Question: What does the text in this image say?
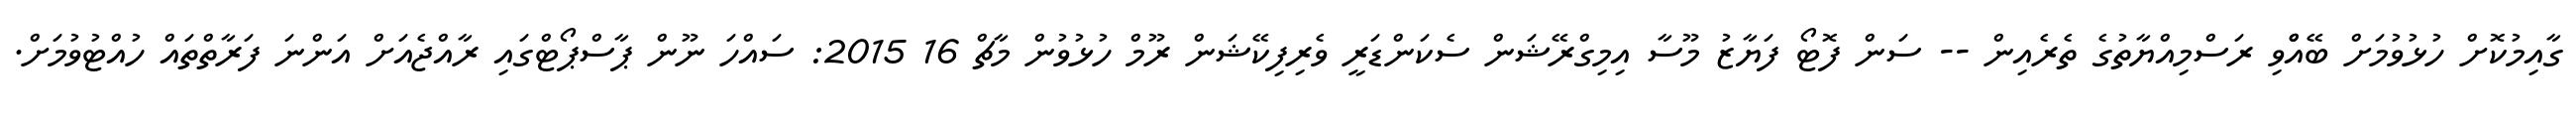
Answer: ގާއިމުކޮށް ހުޅުވުމަށް ބޭއްްވި ރަސްމިއްޔާތުގެ ތެރެއިން -- ސަން ފޮޓޯ ފަޔާޒު މޫސާ އިމިގްރޭޝަން ސެކަންޑަރީ ވެރިފިކޭޝަން ރޫމް ހުޅުވުން މާޗް 16 2015: ސައްހަ ނޫން ޕާސްޕޯޓްގައި ރާއްޖެއަށް އަންނަ ފަރާތްތައް ހުއްޓުވުމަށް.